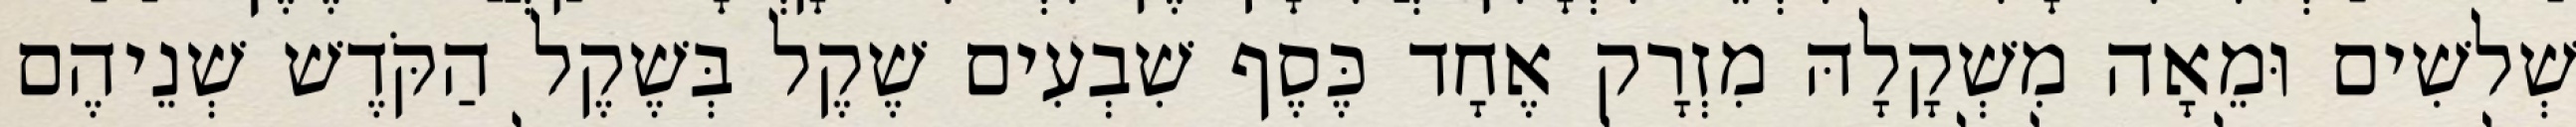
שְׁלשִׁים וּמֵאָה מִשְׁקָלָהּ מִזְרָק אֶחָד כֶּסֶף שִׁבְעִים שֶׁקֶל בְּשֶׁקֶל הַקֹּדֶשׁ שְׁנֵיהֶם